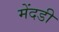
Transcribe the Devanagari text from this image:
मेंदडी